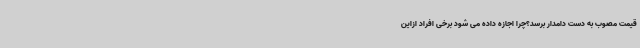
قیمت مصوب به دست دامدار برسد؟چرا اجازه داده می شود برخی افراد ازاین